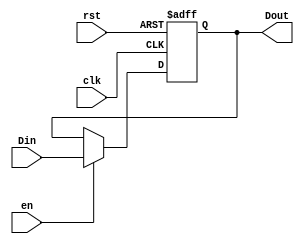
`timescale 1ns / 1ps
//////////////////////////////////////////////////////////////////////////////////
// Company: 
// Engineer: 
// 
// Design Name: 
// Module Name: PC_reg
// Project Name: 
// Target Devices: 
// Tool Versions: 
// Description: 
// 
// Dependencies: 
// 
// Revision:
// Revision 0.01 - File Created
// Additional Comments:
// 
//////////////////////////////////////////////////////////////////////////////////
 // PCPC
// clkenrstDin 32bits
// Dout 32bits
module PC_reg(clk, en, rst, Din, Dout);
    input clk, en, rst;
    input [31:0] Din;
    output reg [31:0] Dout;

    initial Dout = 0;
    
    always @(posedge clk or posedge rst) begin // 
        if (rst) Dout <= 32'h00000000;
        else begin 
            if (en) Dout <= Din;
        end
    end
endmodule